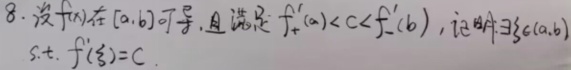
8. 设$f(x)$在$[a,b]$可导，且满足$f_{+}'(a)<c<f_{-}'(b)$，证明$\exists\xi\in(a,b)$
s.t. $f'(\xi)=c$.